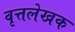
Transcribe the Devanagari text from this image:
वृत्तलेखक